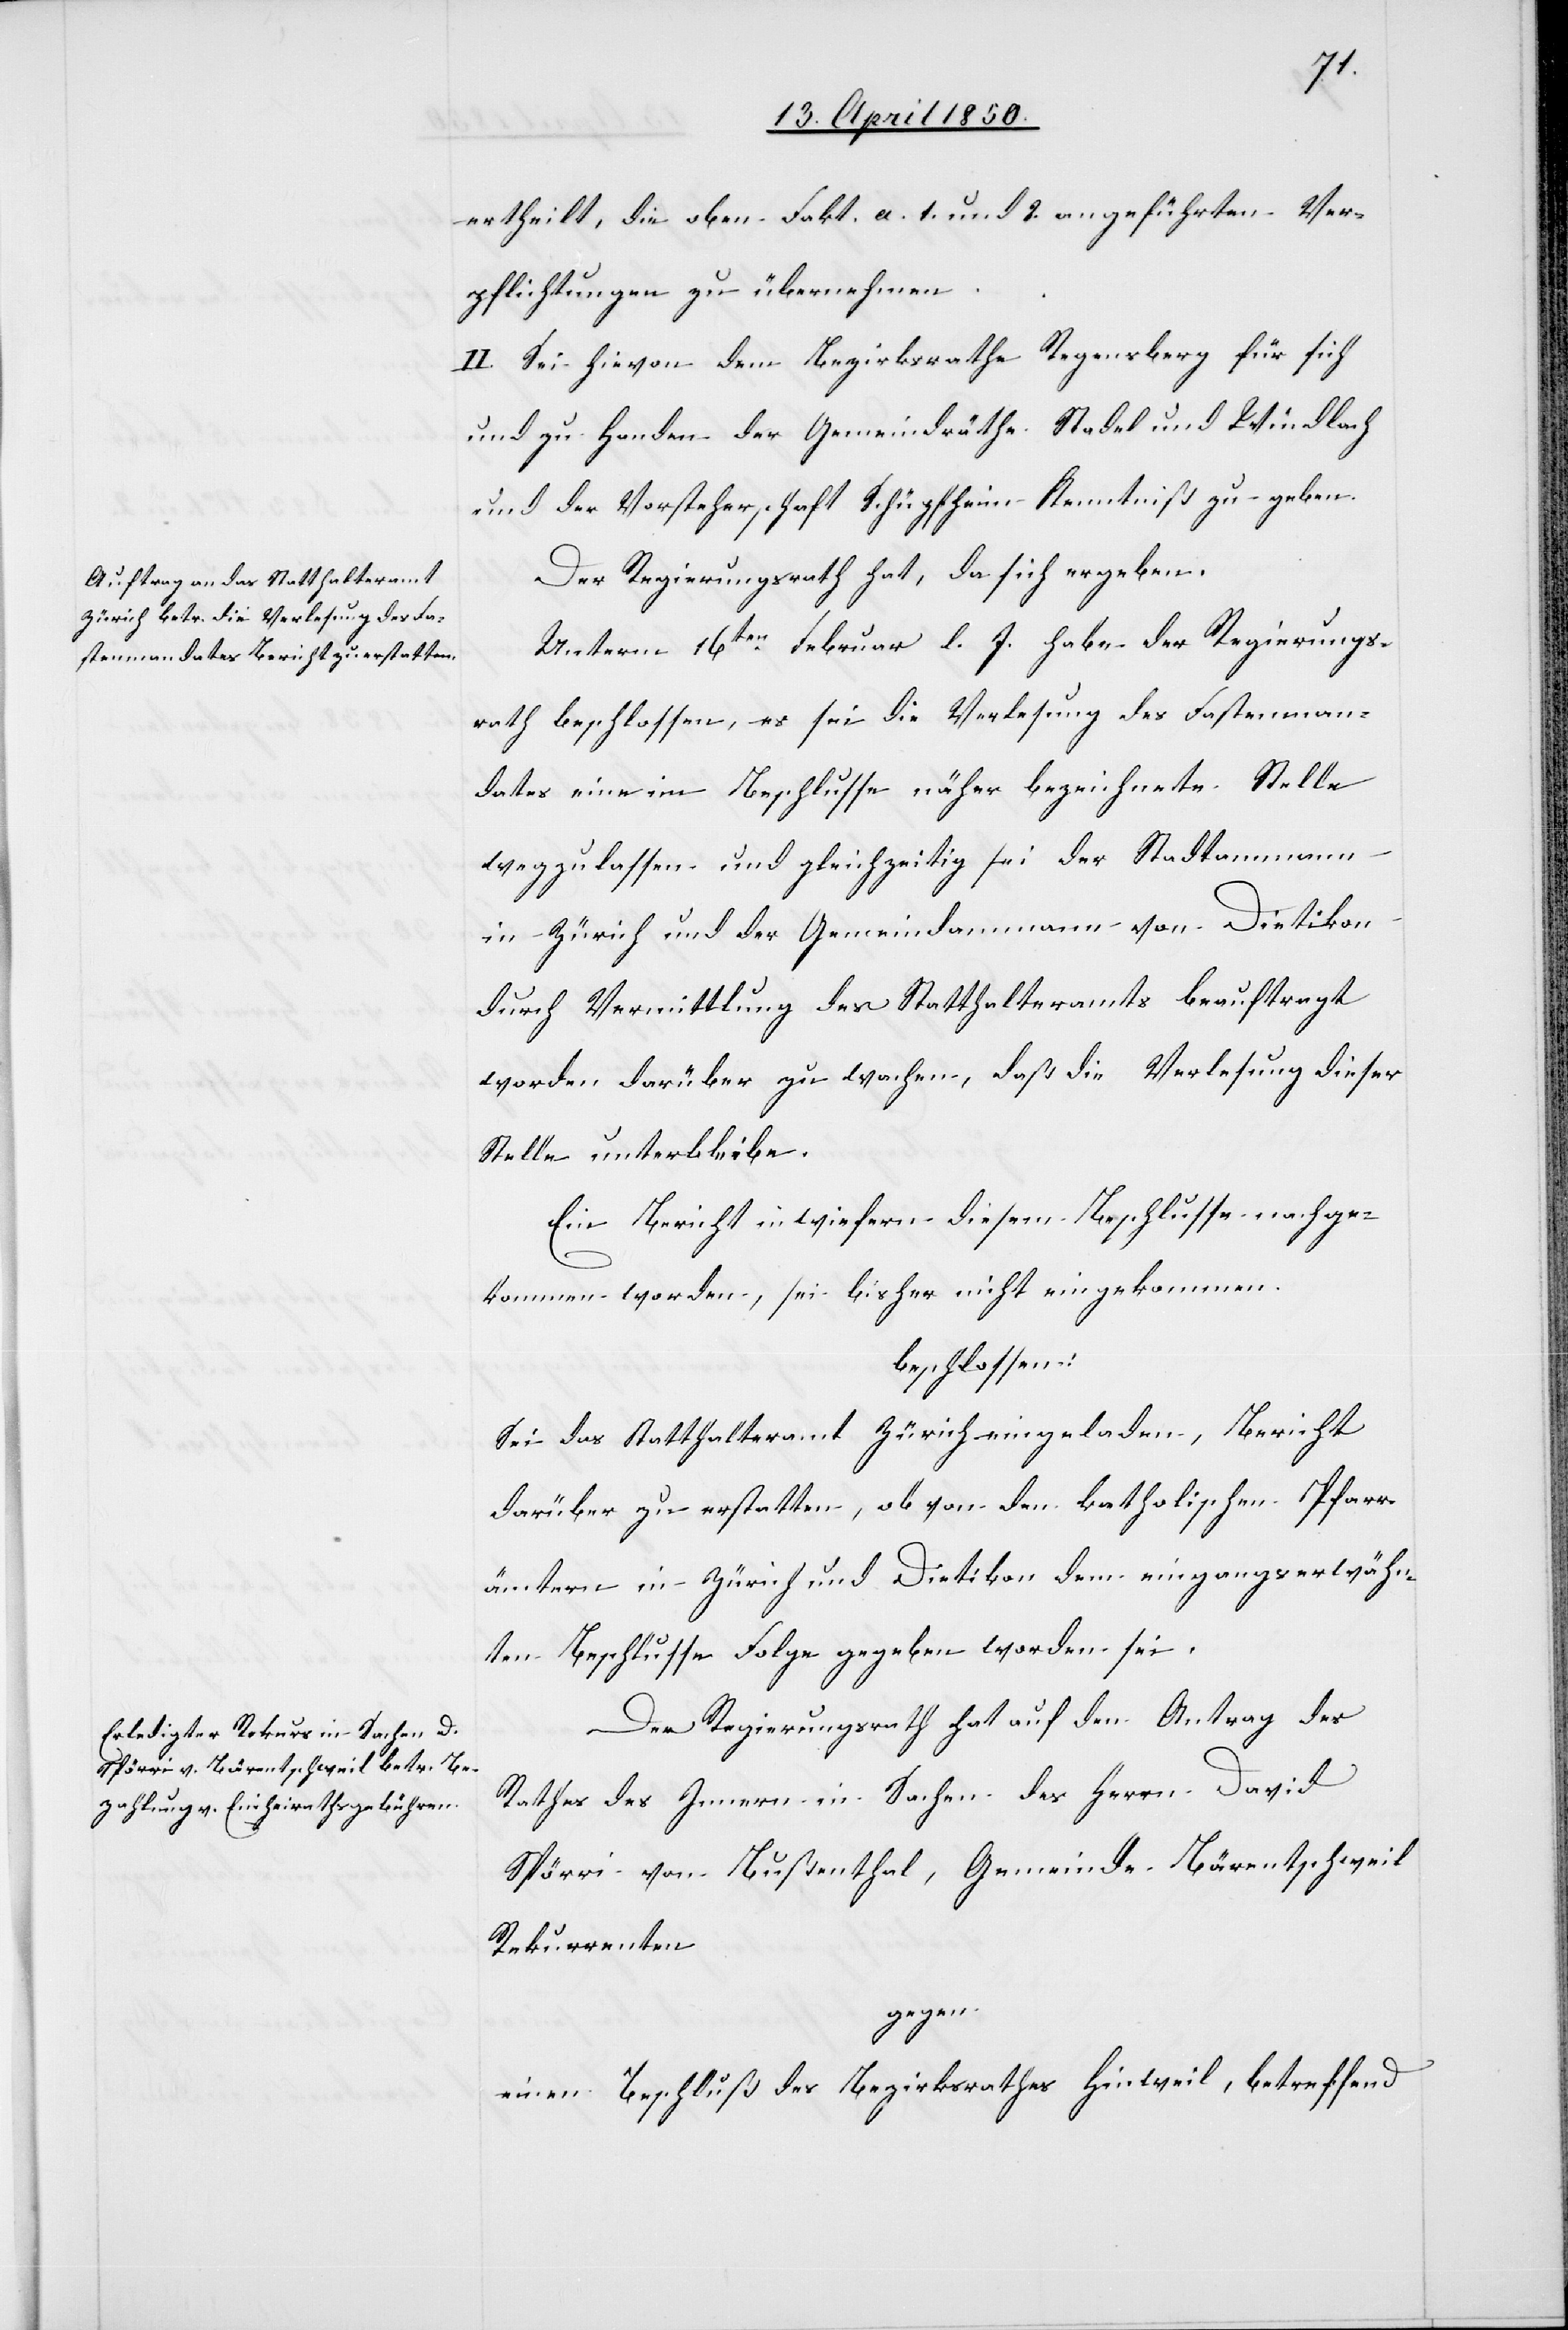
ertheilt, die oben Fakt. a. 1. und 2. angeführten Ver¬
pflichtungen zu übernehmen.
II. Sei hievon dem Bezirksrathe Regensberg für sich
und zu Handen der Gemeindräthe Stadel und Windlach
und der Vorsteherschaft Schüpfheim Kenntniß zu geben.
Der Regierungsrath hat, da sich ergeben:
Unterm 16ten Februar l. J. habe der Regierungs¬
rath beschlossen, es sei die [recte: bei] Verlesung des Fastenman¬
dates eine im Beschlusse näher bezeichnete Stelle
wegzulassen und gleichzeitig sei der Stadtammann
in Zürich und der Gemeindammann von Dietikon
durch Vermittlung des Statthalteramts beauftragt
worden darüber zu wachen, daß die Verlesung dieser
Stelle unterbleibe.
Ein Bericht in wiefern diesem Beschlusse nachge¬
kommen worden, sei bisher nicht eingekommen.
beschlossen:
Sei das Statthalteramt Zürich eingeladen, Bericht
darüber zu erstatten, ob von den katholischen Pfarr¬
ämtern in Zürich und Dietikon dem eingangserwähn¬
ten Beschlusse Folge gegeben worden sei.
Der Regierungsrath hat auf den Antrag des
Rathes des Innern in Sachen des Herrn David
Spörri von Bußenthal, Gemeinde Bärentschweil
Rekurrenten
gegen
einen Beschluß des Bezirksrathes Hinweil, betreffend